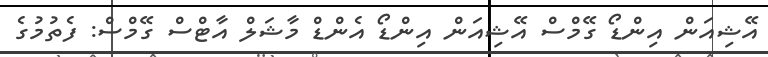
އޭޝިއަން އިންޑޯ ގޭމްސް އޭޝިއަން އިންޑޯ އެންޑް މާޝަލް އާޓްސް ގޭމްސް: ފެތުމުގެ